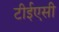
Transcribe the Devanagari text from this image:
टीईएसी